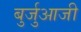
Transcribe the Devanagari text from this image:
बुर्जुआजी